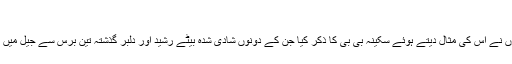
‘
انھوں نے اس کی مثال دیتے ہوئے سکینہ بی بی کا ذکر کیا جن کے دونوں شادی شدہ بیٹے رشید اور دلبر گذشتہ تین برس سے جیل میں ہیں۔